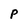
Character: P